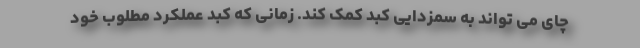
چای می تواند به سمزدایی کبد کمک کند. زمانی که کبد عملکرد مطلوب خود